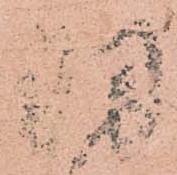
羽